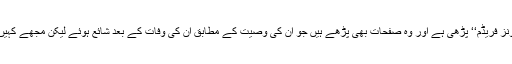
میں نے ابوالکلام کی کتاب ’’انڈیا ونز فریڈم‘‘ پڑھی ہے اور وہ صفحات بھی پڑھے ہیں جو اُن کی وصیت کے مطابق ان کی وفات کے بعد شائع ہوئے لیکن مجھے کہیں بھی ایسی پیشگوئی نظر نہیں آئی۔